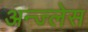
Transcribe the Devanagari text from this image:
अन्ज्लेस